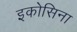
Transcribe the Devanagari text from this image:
इकोसिना